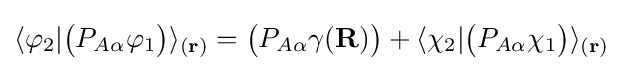
\langle {\varphi _{2}}|{\big (}P_{A\alpha }\varphi _{1}{\big )}\rangle _{(\mathbf {r} )}={\big (}P_{A\alpha }\gamma (\mathbf {R} ){\big )}+\langle \chi _{2}|{\big (}P_{A\alpha }\chi _{1}{\big )}\rangle _{(\mathbf {r} )}